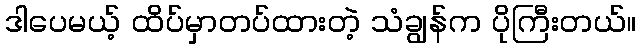
ဒါပေမယ့် ထိပ်မှာတပ်ထားတဲ့ သံချွန်က ပိုကြီးတယ်။